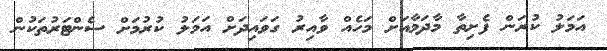
އަމަލު ކުރަން ފެށިތާ މާދަމާއަށް މަހެއް ވާއިރު ގަވައިދަށް އަމަލު ކުރުމަށް ސެންޓަރުތަކުން